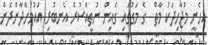
އެހެނީ މުޖާހިދަކު މާތް  ގެ މަގުގައި ގެއިން ނުތީއްސުރެ އެނބުރި އައުމަށްދާންދެން